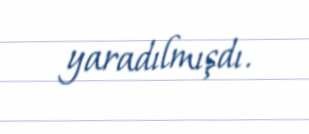
yaradılmışdı.